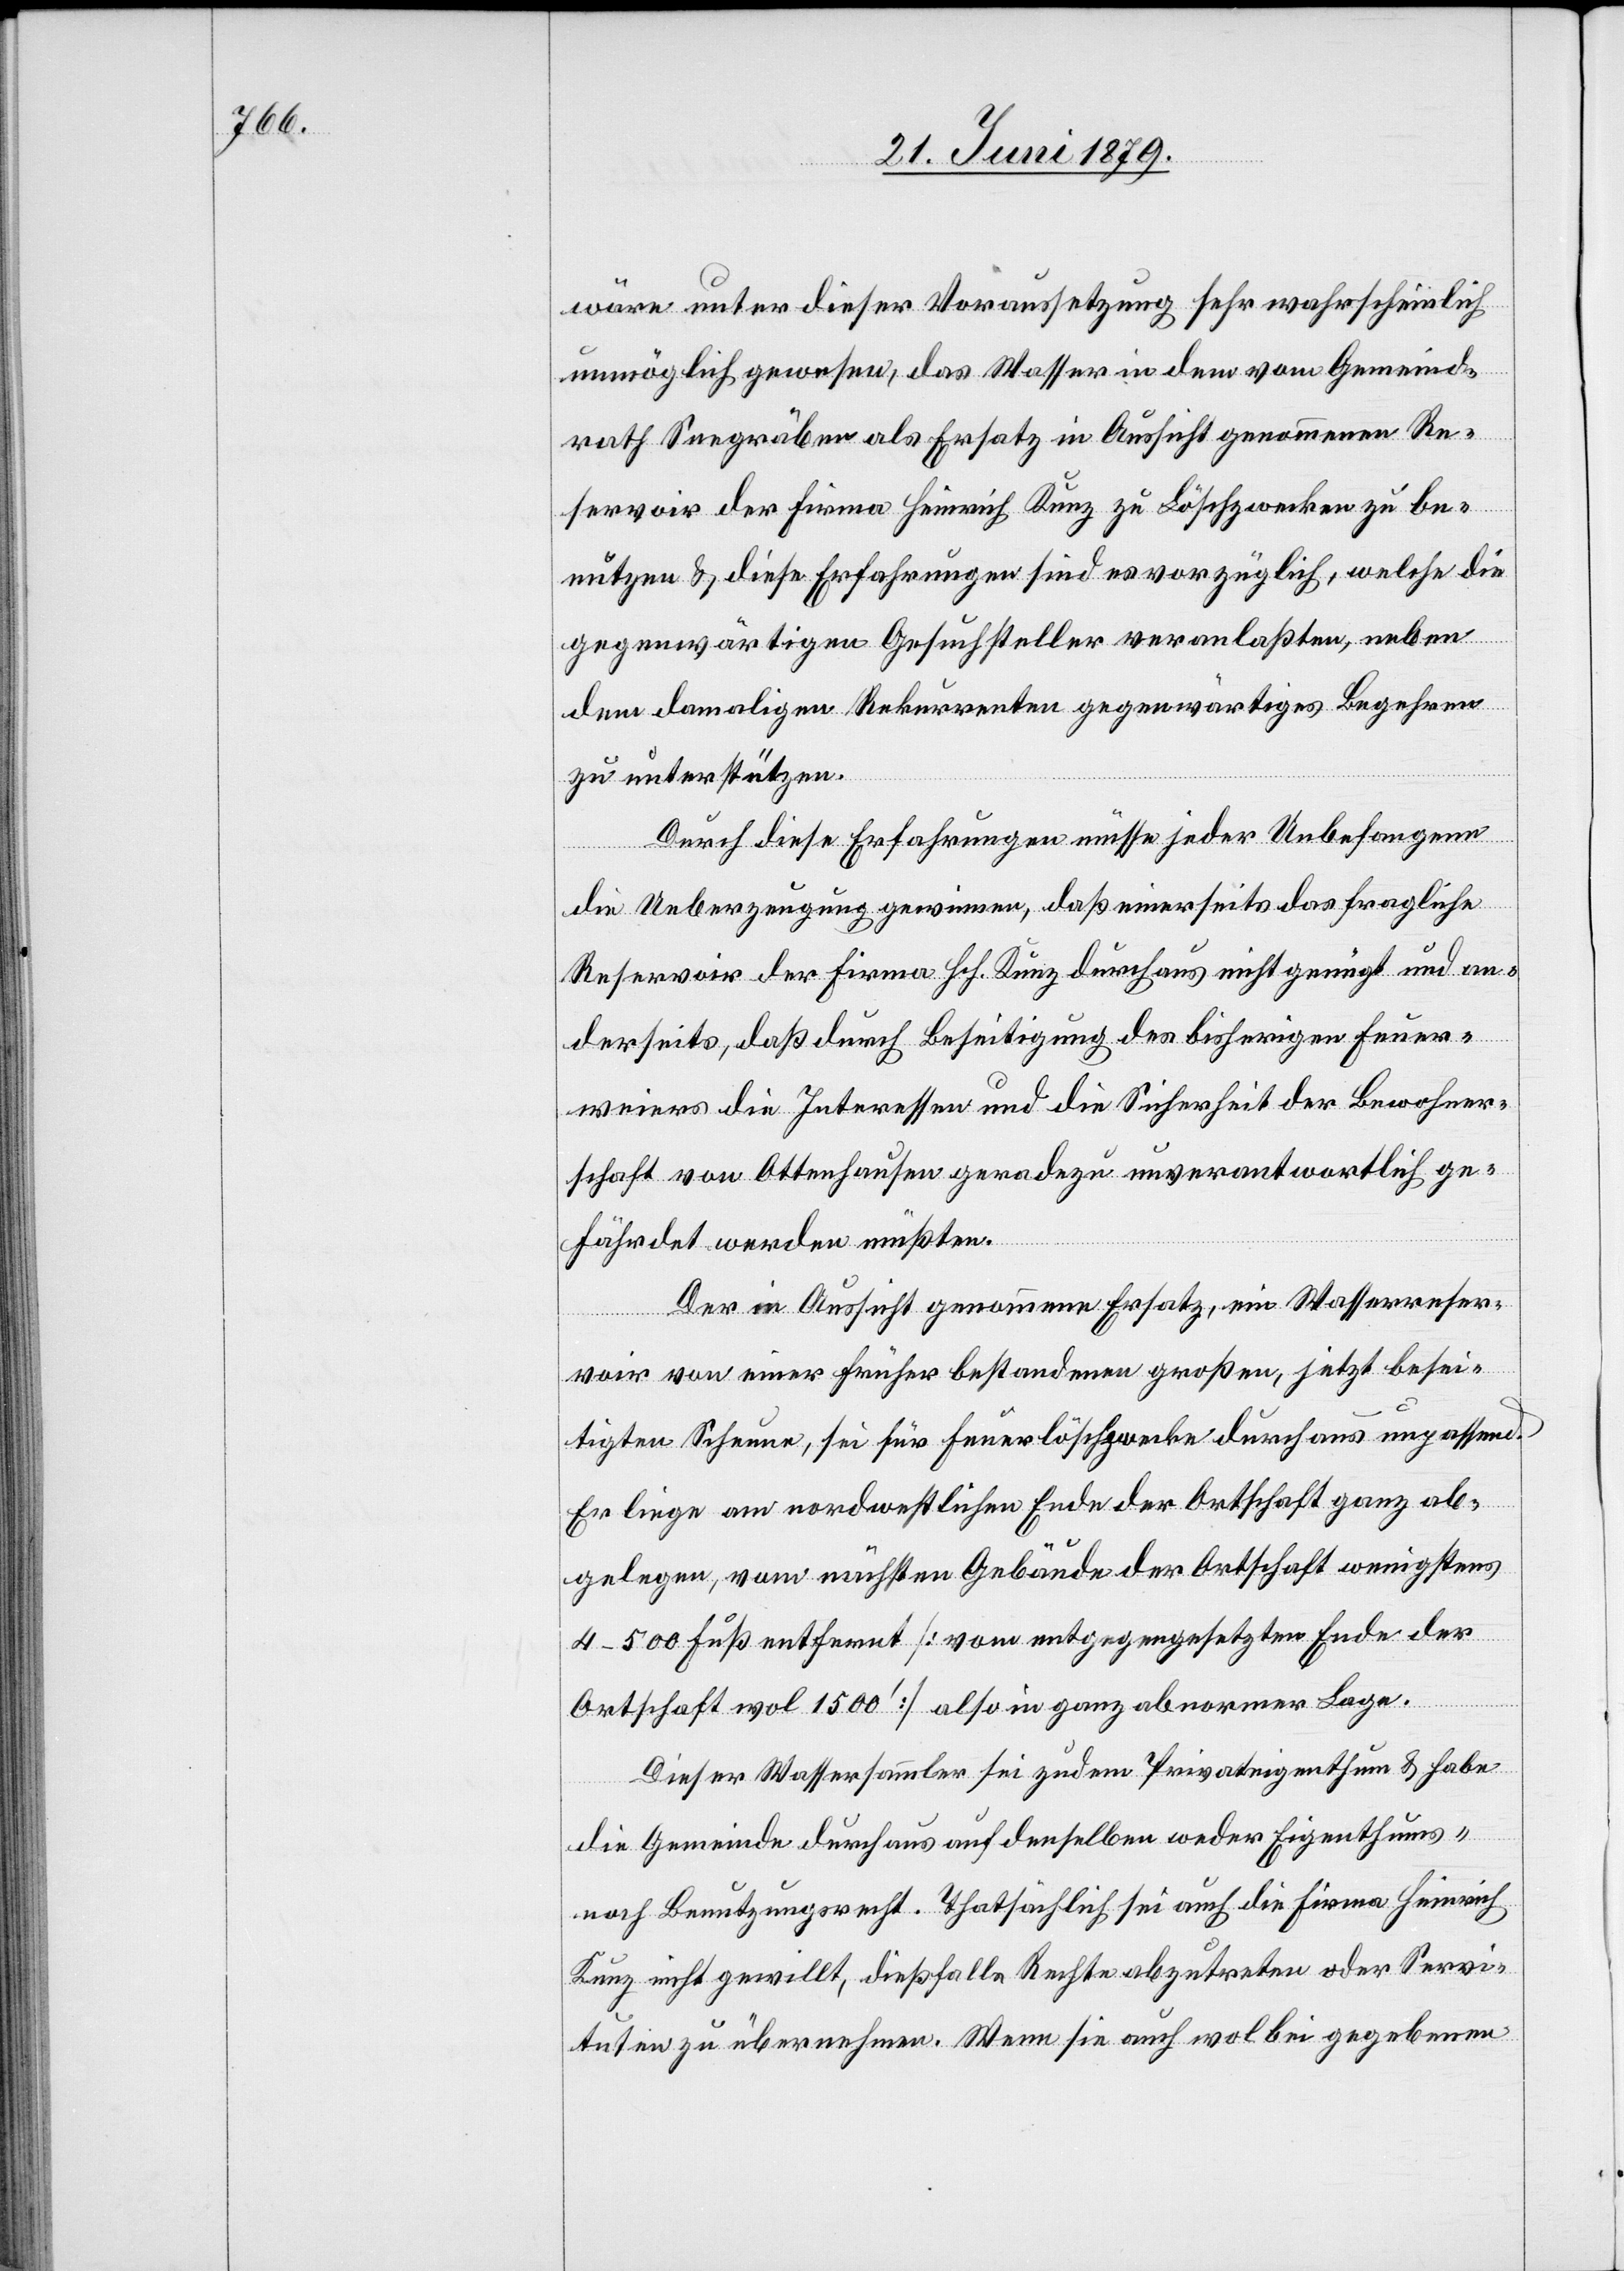
wäre unter dieser Voraussetzung sehr wahrscheinlich
unmöglich gewesen, das Wasser in dem vom Gemeind¬
rath Seegräben als Ersatz in Aussicht genommenen Re¬
servoir der Firma Heinrich Kunz zu Löschzwecken zu be¬
nutzen & diese Erfahrungen sind es vorzüglich, welche die
gegenwärtigen Gesuchsteller veranlaßten, neben
dem damaligen Rekurrenten gegenwärtiges Begehren
zu unterstützen.
Durch diese Erfahrungen müsse jeder Unbefangene
die Ueberzeugung gewinnen, daß einerseits das fragliche
Reservoir der Firma Hch. Kunz durchaus nicht genügt und an¬
derseits, daß durch Beseitigung des bisherigen Feuer¬
weiers die Interessen und die Sicherheit der Bewohner¬
schaft von Ottenhausen geradezu unverantwortlich ge¬
fährdet werden müßten.
Der in Aussicht genommene Ersatz, ein Wasserreser¬
voir von einer früher bestandenen großen, jetzt besei¬
tigten Scheune, sei für Feuerlöschzwecke durchaus unpassend.
Er liege am nordwestlichen Ende der Ortschaft ganz ab¬
gelegen, vom nächsten Gebäude der Ortschaft wenigstens
4–500 Fuß entfernt [vom entgegengesetzten Ende der
Ortschaft wol 1500‘] also in ganz abnormer Lage.
Dieser Wassersammler sei zudem Privateigenthum & habe
die Gemeinde durchaus auf denselben weder Eigenthums-
noch Benutzungsrecht. Thatsächlich sei auch die Firma Heinrich
Kunz nicht gewillt, dießfalls Rechte abzutreten oder Servi¬
tuten zu übernehmen. Wenn sie auch wol bei gegebenen